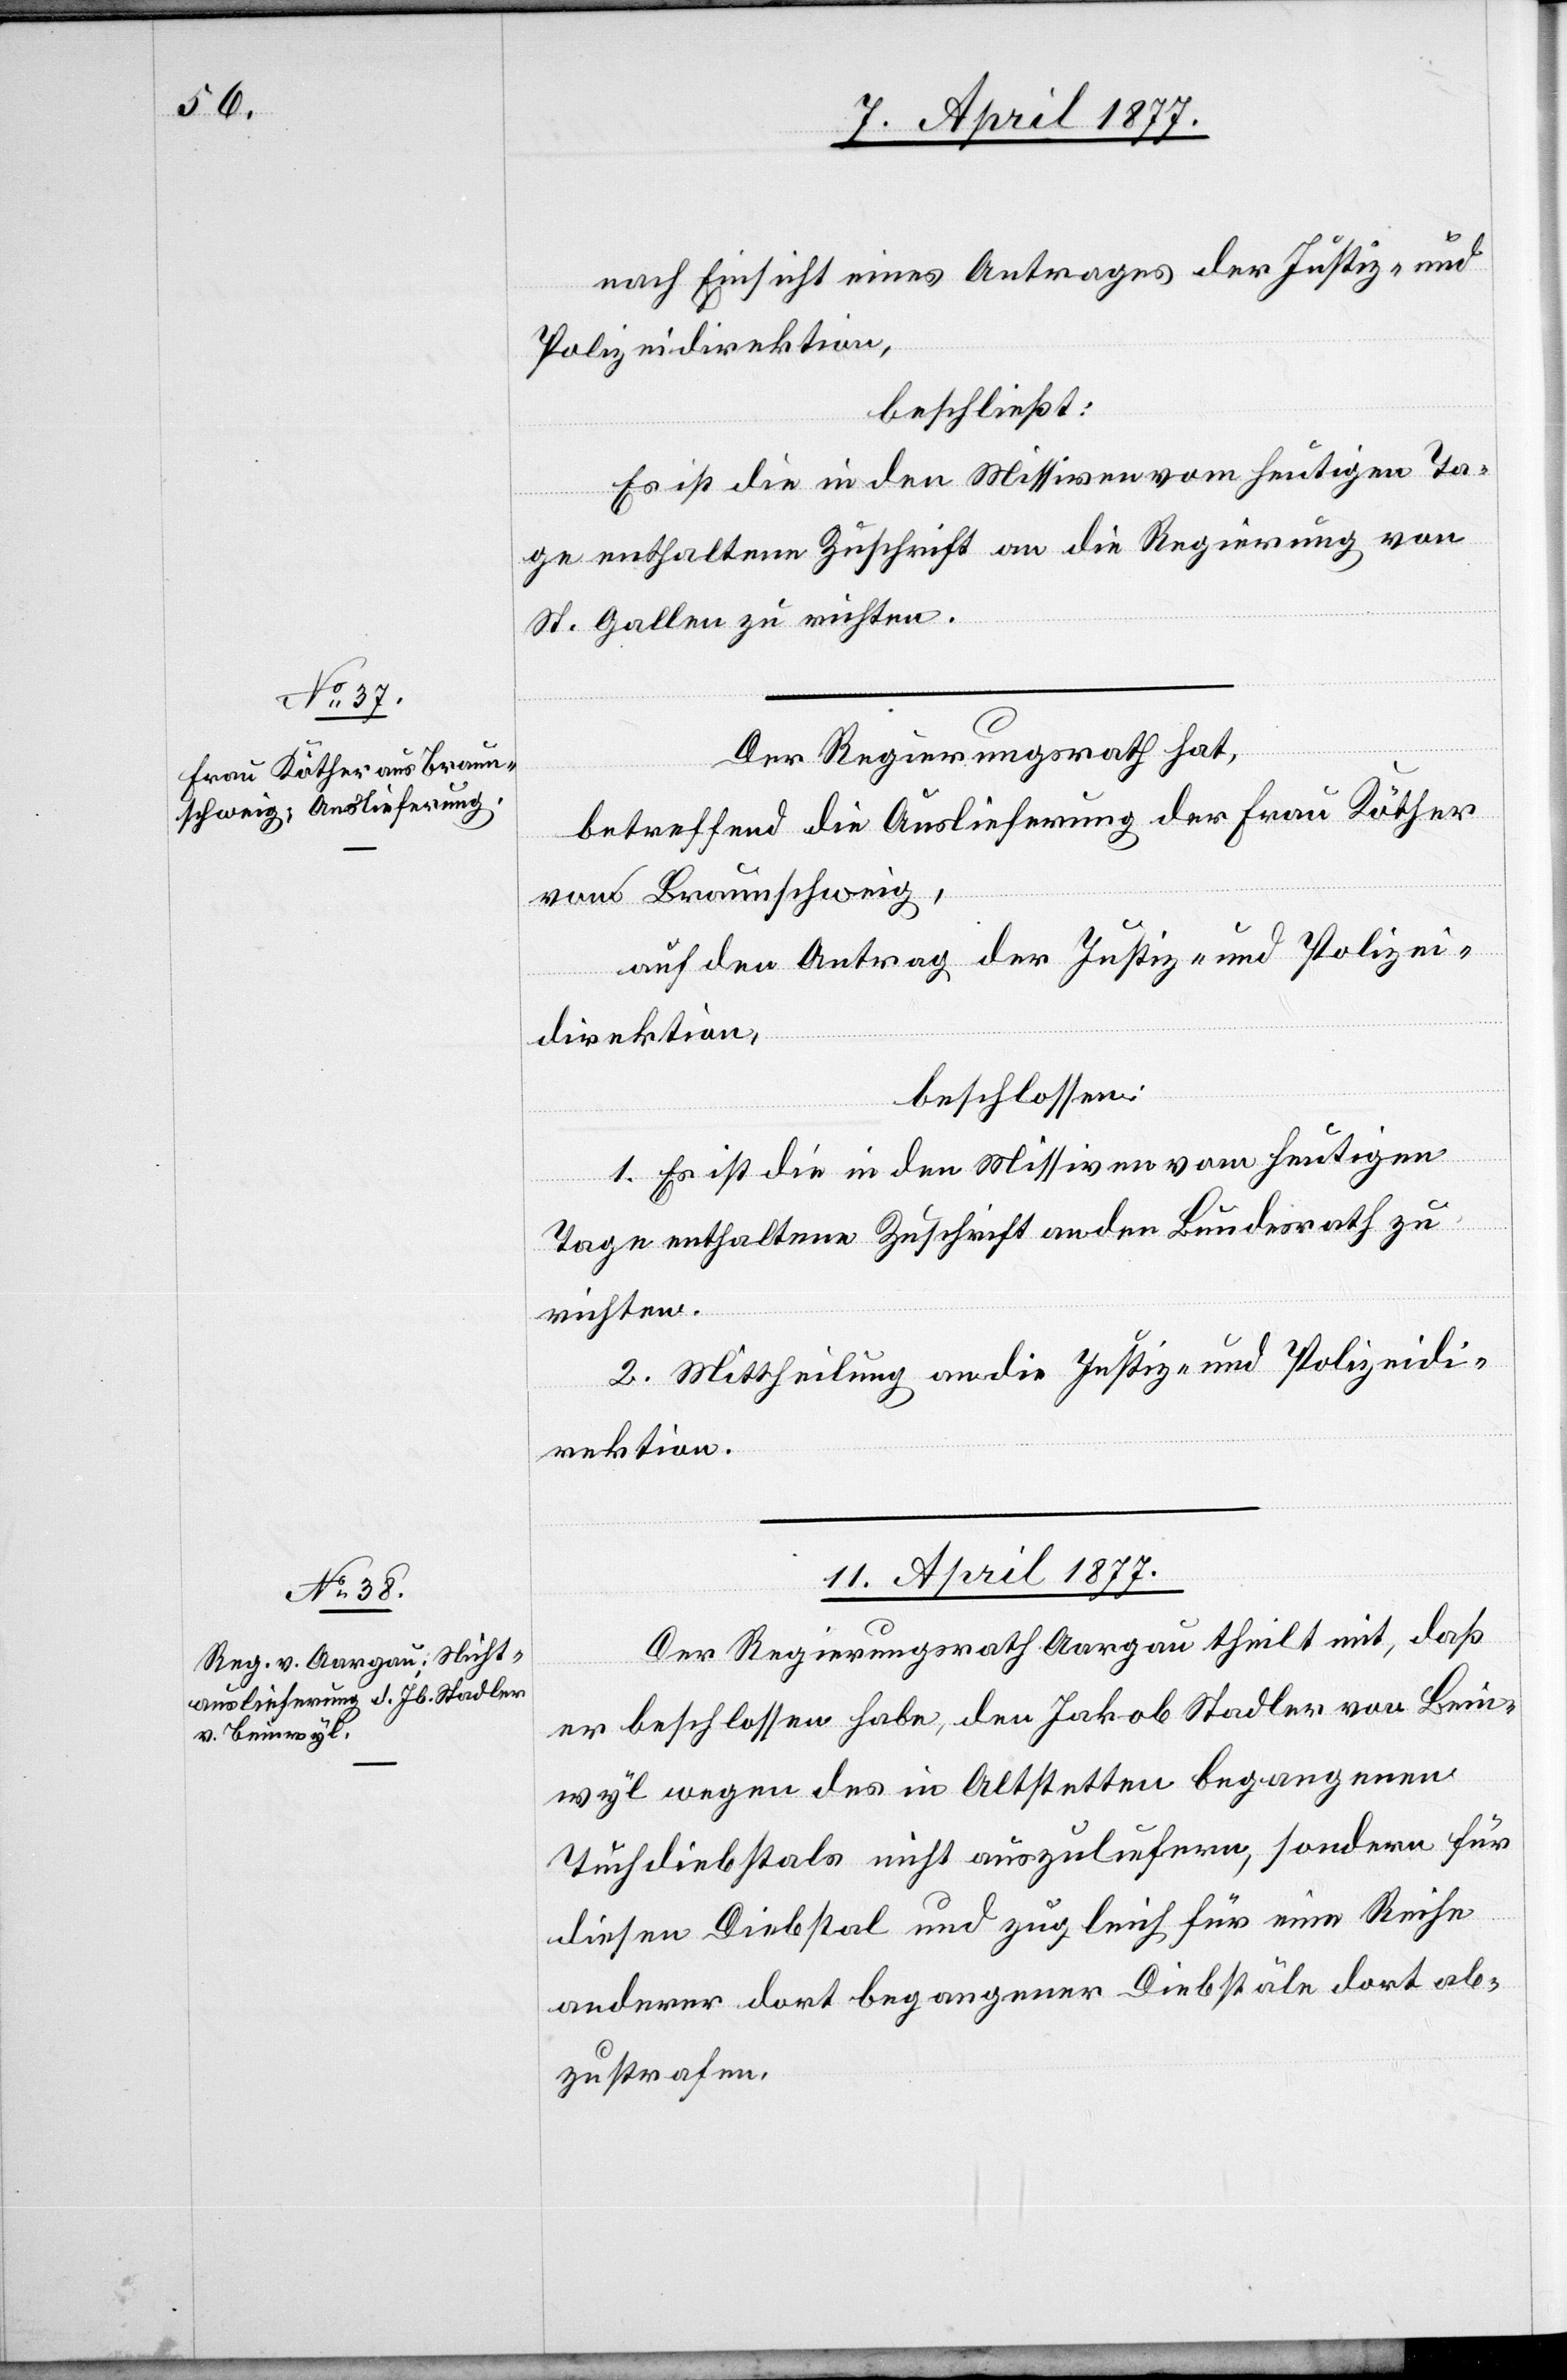
nach Einsicht eines Antrages der Justiz- und
Polizeidirektion,
beschließt:
Es ist die in den Missiven vom heutigen Ta¬
ge enthaltene Zuschrift an die Regierung von
St. Gallen zu richten.
Der Regierungsrath hat,
betreffend die Auslieferung der Frau Köther
von Braunschweig,
auf den Antrag der Justiz- und Polizei¬
direktion,
beschlossen:
1. Es ist die in den Missiven vom heutigen
Tage enthaltene Zuschrift an den Bundesrath zu
richten.
2. Mittheilung an die Justiz- und Polizeidi¬
rektion.
11. April 1877.
Der Regierungsrath Aargau theilt mit, daß
er beschlossen habe, den Jakob Stadler von Bein¬
wyl wegen des in Altstetten begangenen
Tuchdiebstals nicht auszuliefern, sondern für
diesen Diebstal und zugleich für eine Reihe
anderer dort begangener Diebstäle dort ab¬
zustrafen.